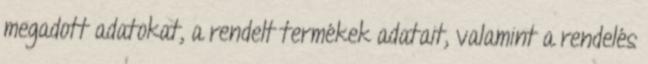
megadott adatokat, a rendelt termékek adatait, valamint a rendelés